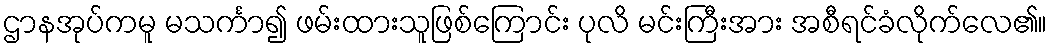
ဌာနအုပ်ကမူ မသင်္ကာ၍ ဖမ်းထားသူဖြစ်ကြောင်း ပုလိ မင်းကြီးအား အစီရင်ခံလိုက်လေ၏။